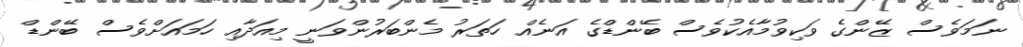
ނަމަވެސް ޒޭންގެ ވަކިވުމާއެކުވެސް ބޭންޑްގެ އަނެއް ހަތަރު މެންބަރުންވަނީ މިއަދާއި ހަމައަށްވެސް ބޭންޑް